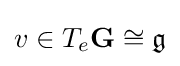
v\in T_{e}\mathbf {G} \cong {\mathfrak {g}}